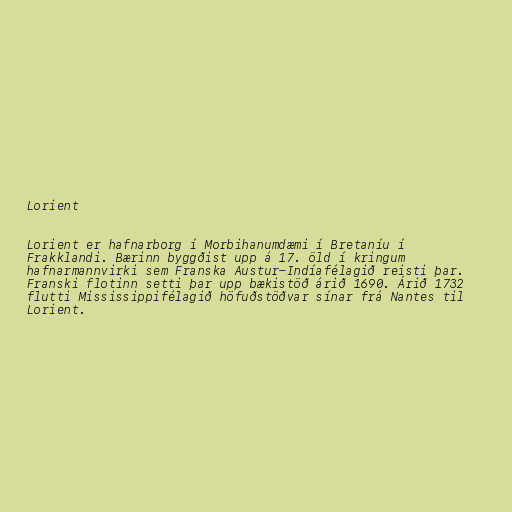
Lorient

Lorient er hafnarborg í Morbihanumdæmi í Bretaníu í
Frakklandi. Bærinn byggðist upp á 17. öld í kringum
hafnarmannvirki sem Franska Austur-Indíafélagið reisti þar.
Franski flotinn setti þar upp bækistöð árið 1690. Árið 1732
flutti Mississippifélagið höfuðstöðvar sínar frá Nantes til
Lorient.